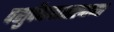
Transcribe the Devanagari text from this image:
पशुवैद्यकशास्त्राच्या